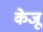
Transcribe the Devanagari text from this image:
केजू